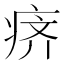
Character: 𰣬